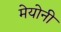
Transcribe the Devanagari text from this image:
मेयोनी